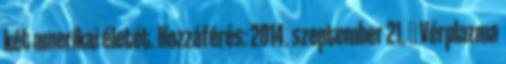
két amerikai életét. Hozzáférés: 2014. szeptember 21. ↑ Vérplazma